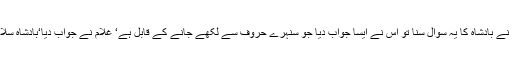
غلام نے بادشاہ کا یہ سوال سنا تو اس نے ایسا جواب دیا جو سنہرے حروف سے لکھے جانے کے قابل ہے‘ غلام نے جواب دیا‘بادشاہ سلامت!